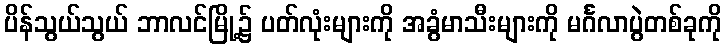
ပိန်သွယ်သွယ် ဘာလင်မြို့၌ ပတ်လုံးများကို အခွံမာသီးများကို မင်္ဂလာပွဲတစ်ခုကို